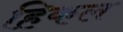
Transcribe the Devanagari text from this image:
हिकल